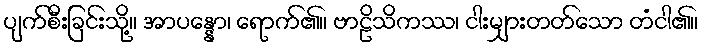
ပျက်စီးခြင်းသို့။ အာပန္နော၊ ရောက်၏။ ဗာဠိသိကဿ၊ ငါးမျှားတတ်သော တံငါ၏။